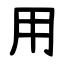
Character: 用